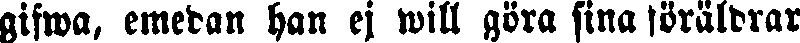
gifwa, emedan han ej will göra sina föräldrar